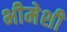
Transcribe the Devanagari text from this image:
भीमेशी